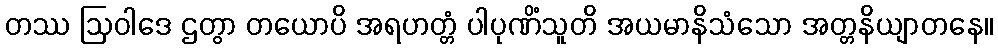
တဿ ဩဝါဒေ ဌတွာ တယောပိ အရဟတ္တံ ပါပုဏိံသူတိ အယမာနိသံသော အတ္တနိယျာတနေ။